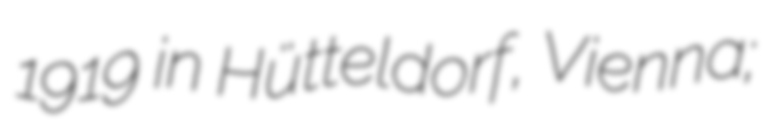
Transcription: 1919 in Hütteldorf, Vienna;